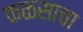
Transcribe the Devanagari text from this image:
कळसाचा